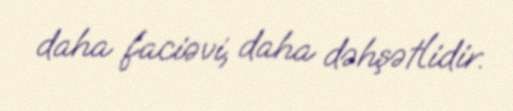
daha faciəvi, daha dəhşətlidir.